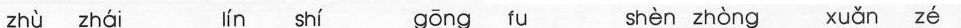
zhù zhái lín shí gōng fu shèn zhòng xuan ze